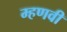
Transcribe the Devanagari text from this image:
म्हणवी